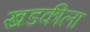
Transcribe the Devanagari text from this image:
खडकीला